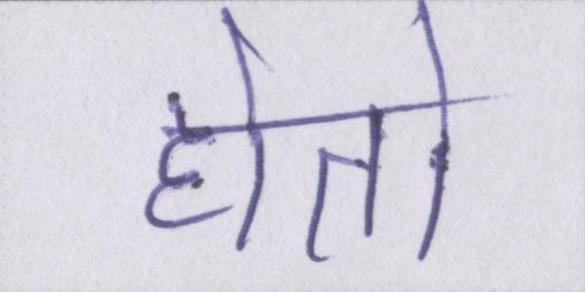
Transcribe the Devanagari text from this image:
होतो